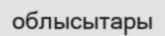
облысытары